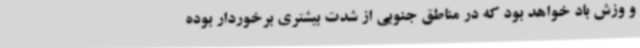
و وزش باد خواهد بود که در مناطق جنوبی از شدت بیشتری برخوردار بوده